Civil Veterinary Department. Madras. Admin. report 1926-33 - 1926-1933
Year: 1926
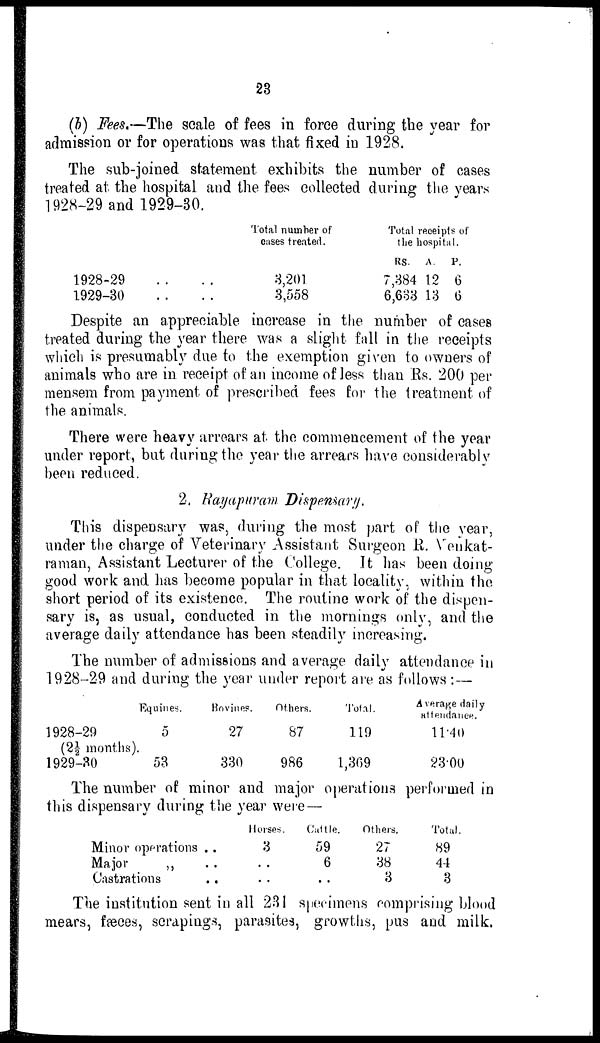
23
(b) Fees.—The scale of fees in force during the year for
admission or for operations was that fixed in 1928.
The sub-joined statement exhibits the number of cases
treated at the hospital and the fees collected during the years
1928-29 and 1929-30.
1928-29 ..
1929-30 ..
Total number of
cases treated.
.. 3201
.. 3,558
Total receipts of
the hospital.
RS.
7,384
6,633
A.
12
13
P.
6
6
Despite an appreciable increase in the number of cases
treated during the year there was a slight fall in the receipts
which is presumably due to the exemption given to owners of
animals who are in. receipt of an income of Jess than Rs. 200 per
mensem from payment of prescribed fees for the treatment of
the animals.
There were heavy arrears at the commencement of the year
under report, but during the year the arrears have considerably
been reduced.
2. Rayapuram Dispensary.
This dispensary was, during the most part of the year,
under the charge of Veterinary Assistant Surgeon R. Venkat-
raman, Assistant Lecturer of the College. It has been doing
good work and has become popular in that locality, within the
short period of its existence. The routine work of the dispen-
sary is, as usual, conducted in the mornings only, and the
average daily attendance has been steadily increasing.
The number of admissions and average daily attendance in
1928-29 and during the year under report are as follows:—
1928-29
(2½| months).
1929-30
Equines.
5
53
Bovines.
27
330
Others.
87
986
Total.
119
1,309
Average daily
attendance.
11.40
23.00
The number of minor and major operations performed in
this dispensary during the year were —
Minor operations ..
Major
„ ..
Castrations ..
Horses.
3
..
..
Cuttle.
59
6
..
Others.
27
38
3
Total.
89
44
3
The institution sent in all 231 specimens comprising blood
mears, fæces, scrapings, parasites, growths, pus and milk.